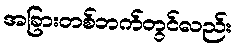
အခြားတစ်ဘက်တွင်လည်း